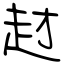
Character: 䞗